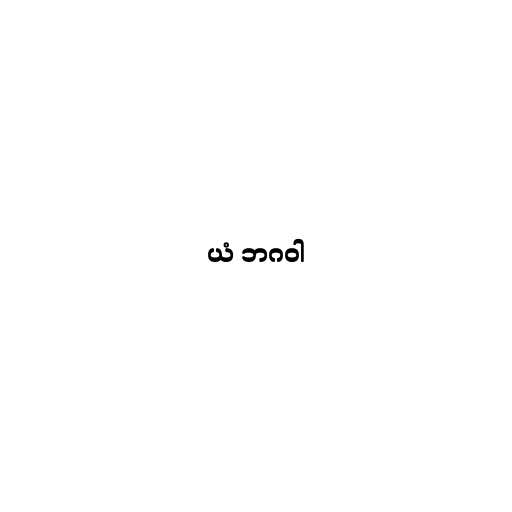
ယံ ဘဂဝါ